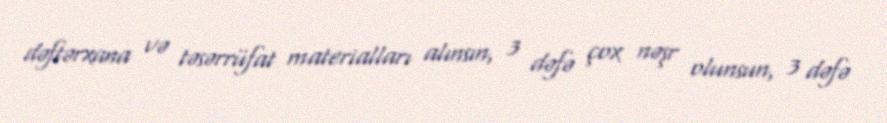
dəftərxana və təsərrüfat materialları alınsın, 3 dəfə çox nəşr olunsun, 3 dəfə